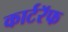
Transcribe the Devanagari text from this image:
कार्टरॅफ